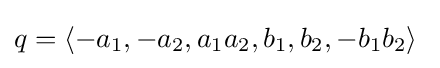
q=\left\langle {-a_{1},-a_{2},a_{1}a_{2},b_{1},b_{2},-b_{1}b_{2}}\right\rangle \